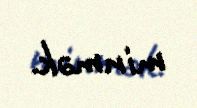
minmək.